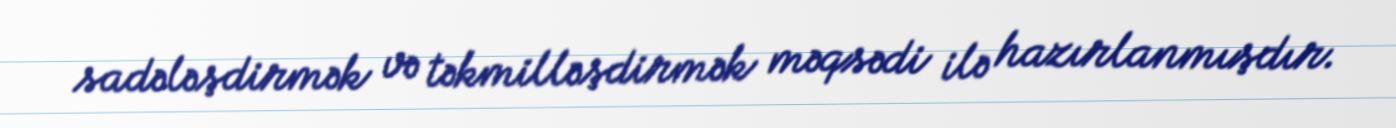
sadələşdirmək və təkmilləşdirmək məqsədi ilə hazırlanmışdır.